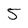
Character: 5